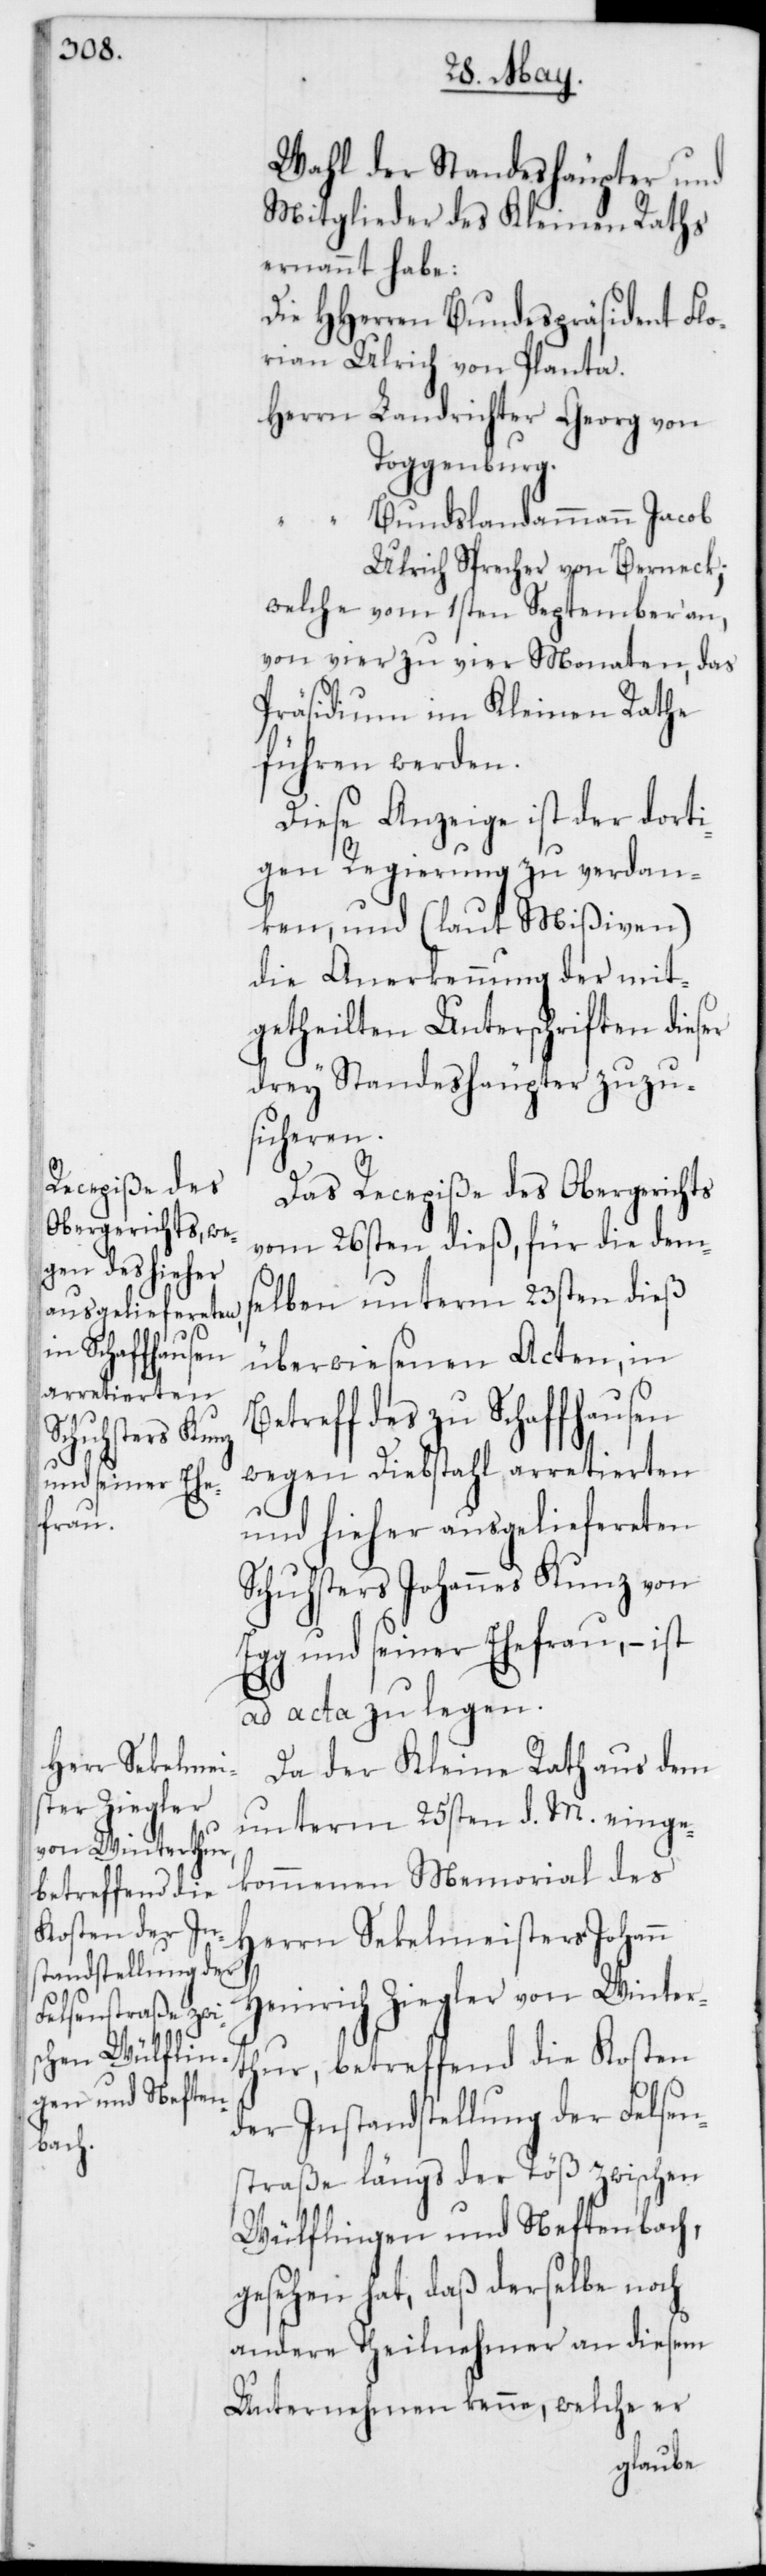
Wahl der Standeshäupter und
Mitglieder des Kleinen Raths
ernannt habe:
Die HHerren Bundespräsident Flo¬
rian Ulrich von Planta.
Herrn Landrichter Georg von
Toggenburg.
Bundslandammann Jacob
B¬
Ulrich Sprecher von Berneck;
welche vom 1sten September an,
von vier zu vier Monaten, das
Präsidium im Kleinen Rathe
führen werden.
Diese Anzeige ist der dorti¬
gen Regierung zu verdan¬
ken, und (laut Mißiven)
die Anerkennung der mit¬
getheilten Unterschriften dieser
drey Standeshäupter zuzu¬
sicheren.
Das Recepisse des Obergerichts
vom 26sten dieß, für die dem¬
selben unterm 23sten dieß
überwiesenen Acten, in
etreff des zu Schaffhausen
wegen Diebstahl arretierten
und hieher ausgeliefereten
Schuhsters Johannes Kunz von
Egg und seiner Ehefrau – ist
ad acta zu legen.
Da der Kleine Rath aus dem
unterm 25sten d. M. einge¬
kommenen Memorial des
Herrn Sekelmeisters Johann
Heinrich Ziegler von Winter¬
thur, betreffend die Kosten
der Instandstellung der Felsen¬
straße längs der Töß zwischen
Wülflingen und Neftenbach,
gesehen hat, daß derselbe noch
andere Theilnehmer an diesem
Unternehmen kenne, welche er